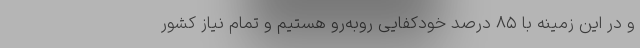
و در این زمینه با ۸۵ درصد خودکفایی روبه‌رو هستیم و تمام نیاز کشور